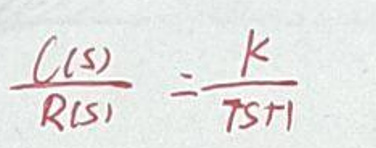
\(\frac{C(s)}{R(s)}=\frac{K}{Ts+1}\)